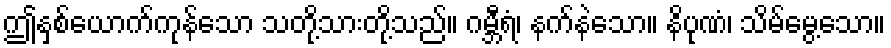
ဤနှစ်ယောက်ကုန်သော သတို့သားတို့သည်။ ဂမ္ဘီရံ၊ နက်နဲသော။ နိပုဏံ၊ သိမ်မွေ့သော။